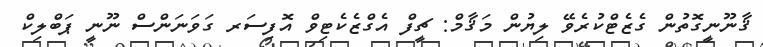
ޤާނޫނީގޮތުން ގެޒެޓްކުރެވޭ ލިޔުން މަޤާމް: ޗީފް އެގްޒެކެޓިވް އޮފިސަރ ގަވަނަންސް ނޫނީ ޕަބްލިކް